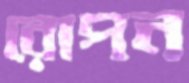
রোপন